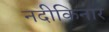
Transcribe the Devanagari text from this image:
नदीकिनार